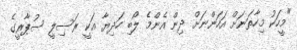
"މީހަކު މިހާތަނަށް އަހަންނަށް ދިން އެންމެ ލޯބި ހަދިޔާ އަކީ ރަސިލީ ސުޕާރީގެ